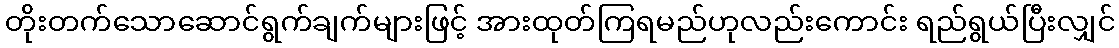
တိုးတက်သောဆောင်ရွက်ချက်များဖြင့် အားထုတ်ကြရမည်ဟုလည်းကောင်း ရည်ရွယ်ပြီးလျှင်